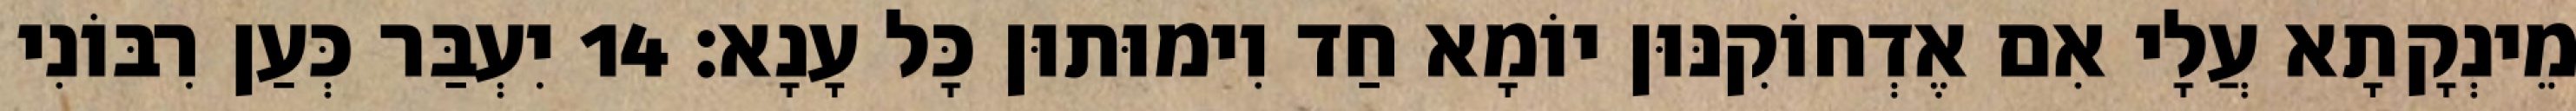
מֵינְקָתָא עֲלָי אִם אֶדְחוֹקִנּוּן יוֹמָא חַד וִימוּתוּן כָּל עָנָא׃ 14 יִעְבַּר כְּעַן רִבּוֹנִי